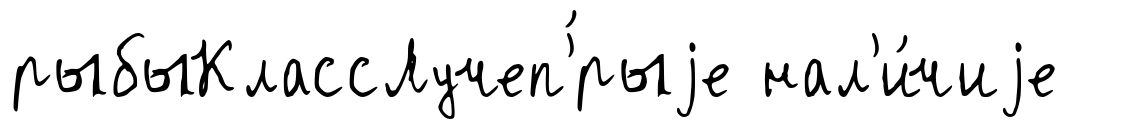
рыбыКлассЛучеп'́рыjе нал'и́чиjе